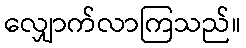
လျှောက်လာကြသည်။